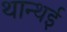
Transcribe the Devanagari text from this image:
थान्थई